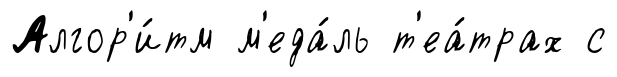
Алгор'и́тм м'еда́ль т'еа́трах с